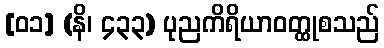
[၀၁] (နိ၊ ၄၃၃) ပုညကိရိယာဝတ္ထုစသည်